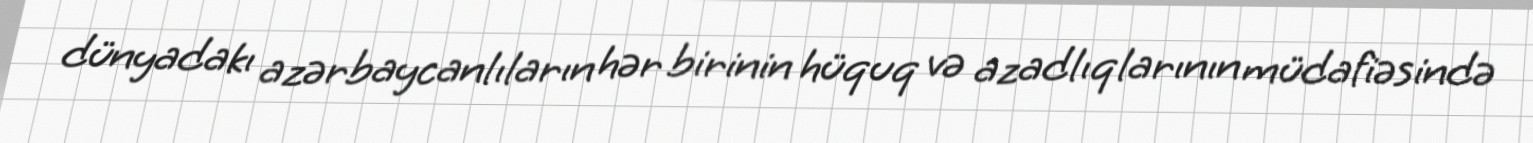
dünyadakı azərbaycanlıların hər birinin hüquq və azadlıqlarının müdafiəsində